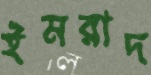
ইমরাদ